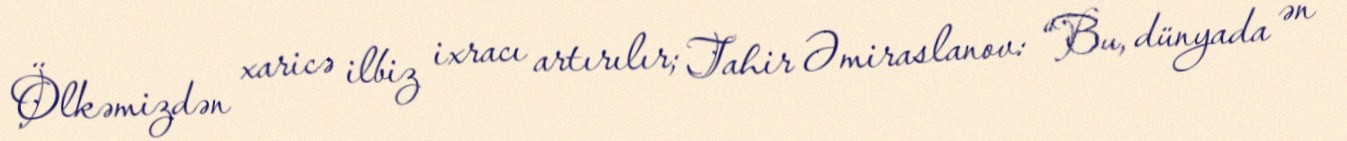
Ölkəmizdən xaricə ilbiz ixracı artırılır; Tahir Əmiraslanov: “Bu, dünyada ən